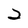
Character: 2